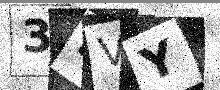
Text: 3LVY